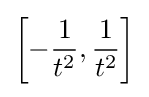
\left[-{\frac {1}{t^{2}}},{\frac {1}{t^{2}}}\right]